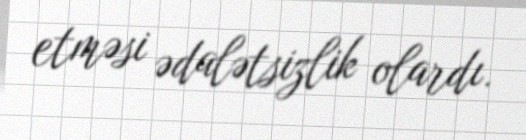
etməsi ədalətsizlik olardı.